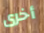
أخرى